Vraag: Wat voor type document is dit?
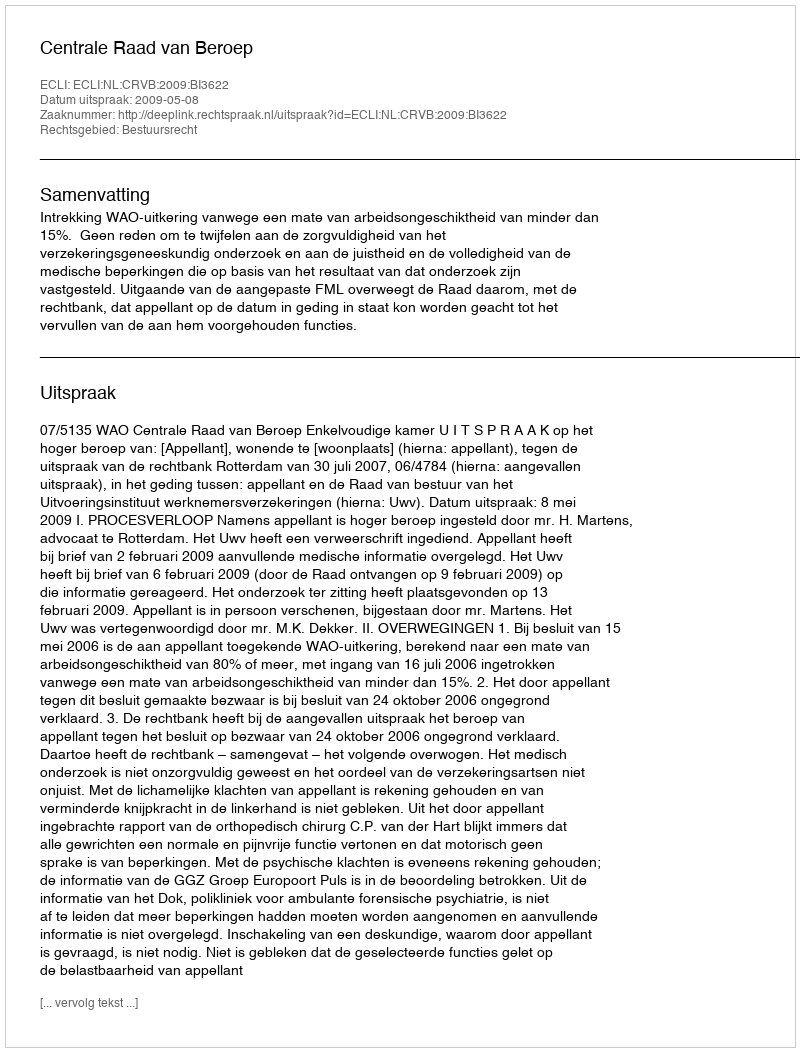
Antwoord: Uitspraak